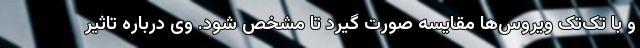
و با تک‌تک ویروس‌ها مقایسه صورت گیرد تا مشخص شود. وی درباره تاثیر